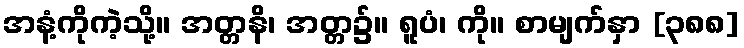
အနံ့ကိုကဲ့သို့။ အတ္တနိ၊ အတ္တ၌။ ရူပံ၊ ကို။ စာမျက်နှာ [၃၈၈]